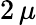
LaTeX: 2\, \mu